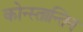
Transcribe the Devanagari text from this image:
कोन्स्तान्तिन